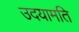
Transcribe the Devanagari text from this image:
उदयामति